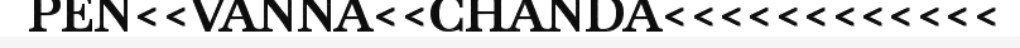
PEN<<VANNA<<CHANDA<<<<<<<<<<<<